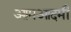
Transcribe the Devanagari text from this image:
आमआदमी